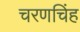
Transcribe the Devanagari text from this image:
चरणचिंह